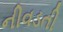
નીવડતી